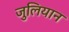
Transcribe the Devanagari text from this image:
जुलियान